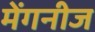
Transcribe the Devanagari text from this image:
मेंगनीज